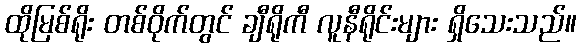
ထိုမြစ်ရိုး တစ်ဝိုက်တွင် ချီရိုကီ လူနီရိုင်းများ ရှိသေးသည်။